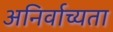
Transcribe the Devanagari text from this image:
अनिर्वाच्यता